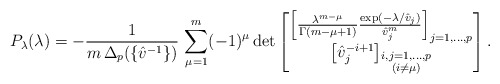
\begin{align*}P_\lambda(\lambda)=-\frac{1}{m\,\Delta_p(\{\hat{v}^{-1}\}) }\, \sum_{\mu=1}^m (-1)^{\mu} \det\begin{bmatrix} \left[\frac{\lambda^{m-\mu}}{\Gamma(m-\mu+1)}\frac{\exp(-\lambda/\hat{v}_j)}{\hat{v}_j^m}\right]_{j=1,...,p} \\ \left[\hat{v}_j^{-i+1}\right]_{\substack{i,j=1,...,p \\ (i\neq \mu)}}\end{bmatrix} .\end{align*}